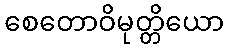
စေတောဝိမုတ္တိယော